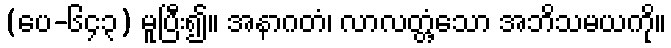
(ပေ-၆၄၃) မူပြီး၍။ အနာဂတံ၊ လာလတ္တံ့သော အဘိသမယကို။